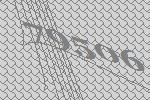
79506